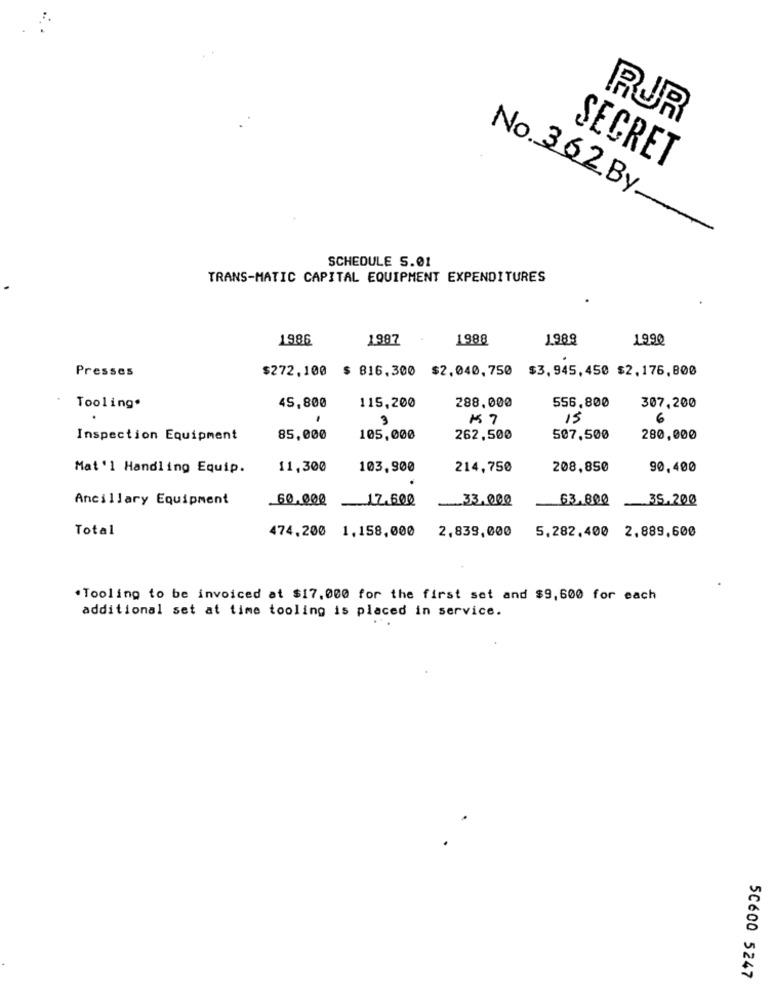
RUR
SECRET
No. 362 By
SCHEDULE S.01
TRANS-MATIC CAPITAL EQUIPMENT EXPENDITURES
1986
1987
1988
1989
1990
Presses
$272,100 $ 816,300 $2,040, 750 $3, 945, 450 $2, 176,800
Tooling"
45,800
115,200
288.000
556,800
307,200
3
K7
15
6
Inspection Equipment
85,000
105,000
262,500
507.500
280,000
Mat '1 Handling Equip.
11,300
103,900
214,750
208,850
90,400
Ancillary Equipment
60.000
12.600
33,000
63,800
35.200
Total
474,200
1,158,000
2,839,000
5.282.400 2,889,600
.Tooling to be invoiced at $17.000 for the first set and $9,600 for each
additional set at time tooling is placed in service.
5C600 5247